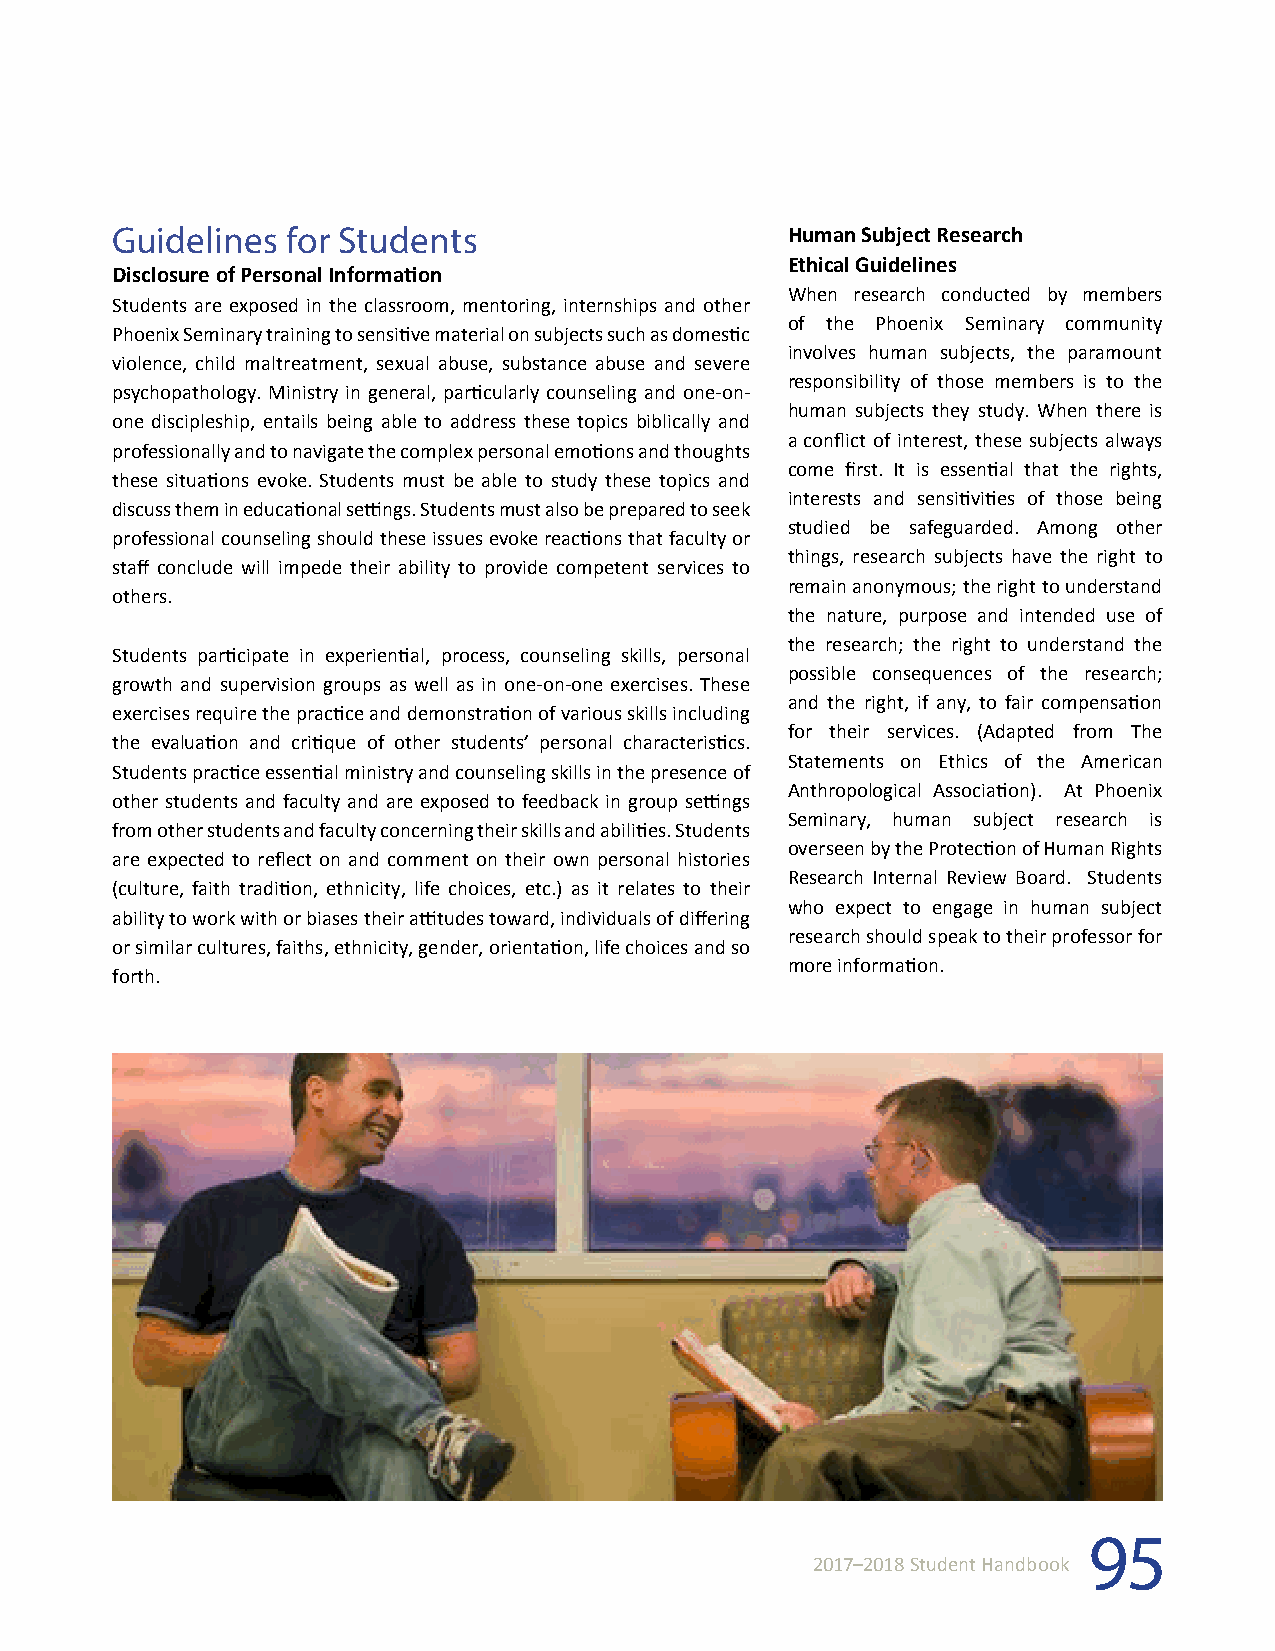
Guidelines  for Students                     Human Subject Research
 Ethical Guidelines
 Disclosure of Personal Information
 When research conducted by members
 Students are exposed in the classroom, mentoring, internships and other
 of the Phoenix Seminary community
 Phoenix Seminary training to sensitive material on subjects such as domestic
 involves human subjects, the paramount
 violence, child maltreatment, sexual abuse, substance abuse and severe
 responsibility of those members is to the
 psychopathology. Ministry in general, particularly counseling and one-on-
 human subjects they study. When there is
 one discipleship, entails being able to address these topics biblically and
 a conflict of interest, these subjects always
 professionally and to navigate the complex personal emotions and thoughts
 come first. It is essential that the rights,
 these situations evoke. Students must be able to study these topics and
 interests and sensitivities of those being
 discuss them in educational settings. Students must also be prepared to seek
 studied be safeguarded. Among other
 professional counseling should these issues evoke reactions that faculty or
 things, research subjects have the right to
 staff conclude will impede their ability to provide competent services to
 remain anonymous; the right to understand
 others.
 the nature, purpose and intended use of
 the research; the right to understand the
 Students participate in experiential, process, counseling skills, personal
 possible consequences of the research;
 growth and supervision groups as well as in one-on-one exercises. These
 and the right, if any, to fair compensation
 exercises require the practice and demonstration of various skills including
 for their services. (Adapted from The
 the evaluation and critique of other students’ personal characteristics.
 Statements on Ethics of the American
 Students practice essential ministry and counseling skills in the presence of
 Anthropological Association). At Phoenix
 other students and faculty and are exposed to feedback in group settings
 Seminary, human subject research is
 from other students and faculty concerning their skills and abilities. Students
 overseen by the Protection of Human Rights
 are expected to reflect on and comment on their own personal histories
 Research Internal Review Board. Students
 (culture, faith tradition, ethnicity, life choices, etc.) as it relates to their
 who expect to engage in human subject
 ability to work with or biases their attitudes toward, individuals of differing
 research should speak to their professor for
 or similar cultures, faiths, ethnicity, gender, orientation, life choices and so
 more information.
 forth.
 95
 2017–2018 Student Handbook